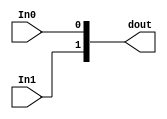
module zqynq_lab_1_design_xlconcat_0_0
   (In0,
    In1,
    dout);
  input [0:0]In0;
  input [0:0]In1;
  output [1:0]dout;

  wire [0:0]In0;
  wire [0:0]In1;

  assign dout[1] = In1;
  assign dout[0] = In0;
endmodule